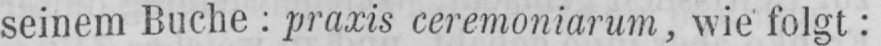
seinem Buche: praxis ceremoniarum, wie folgt: